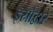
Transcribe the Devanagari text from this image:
इस्रोद्वारे